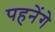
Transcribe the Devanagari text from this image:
पहनेंगे